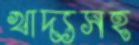
খাদ্যসহ